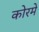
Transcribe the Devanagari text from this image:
कोरमे